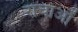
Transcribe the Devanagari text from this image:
राचाओं